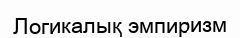
Логикалық эмпиризм